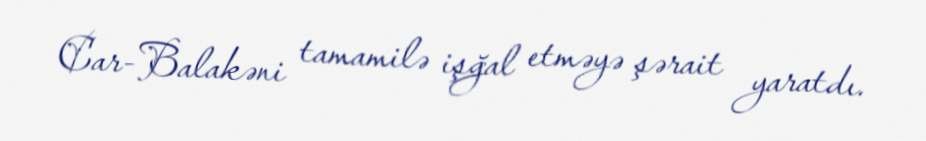
Car-Balakəni tamamilə işğal etməyə şərait yaratdı.